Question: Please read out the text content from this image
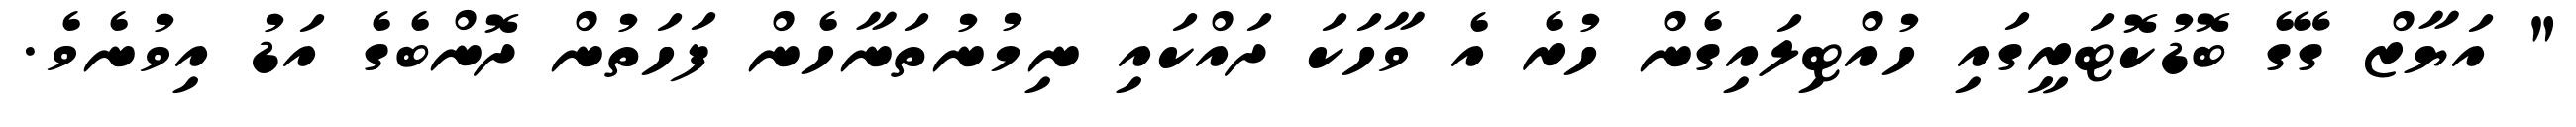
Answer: " އަޔާޒް ގޭގެ ބޮޑުކޮޓަރީގައި ހުއްޓިލައިގެން ހުރެ އެ ވާހަކަ ދައްކައި ނިމުނުތަނާހެން ފަހަތުން ދޮންބެގެ އަޑު އިވުނެވެ.